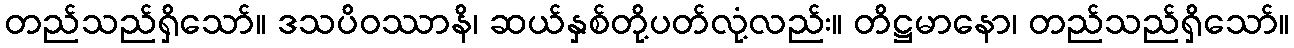
တည်သည်ရှိသော်။ ဒသပိဝဿာနိ၊ ဆယ်နှစ်တို့ပတ်လုံ့လည်း။ တိဋ္ဌမာနော၊ တည်သည်ရှိသော်။